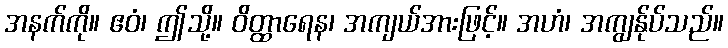
အနက်ကို။ ဧဝံ၊ ဤသို့။ ဝိတ္ထာရေန၊ အကျယ်အားဖြင့်။ အဟံ၊ အကျွန်ုပ်သည်။